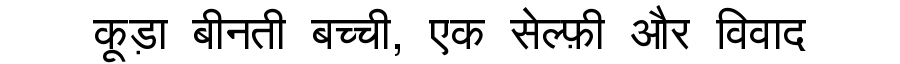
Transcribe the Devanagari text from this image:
कूड़ा बीनती बच्ची, एक सेल्फ़ी और विवाद